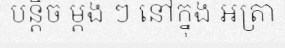
បន្តិច ម្តង ៗ នៅក្នុង អត្រា